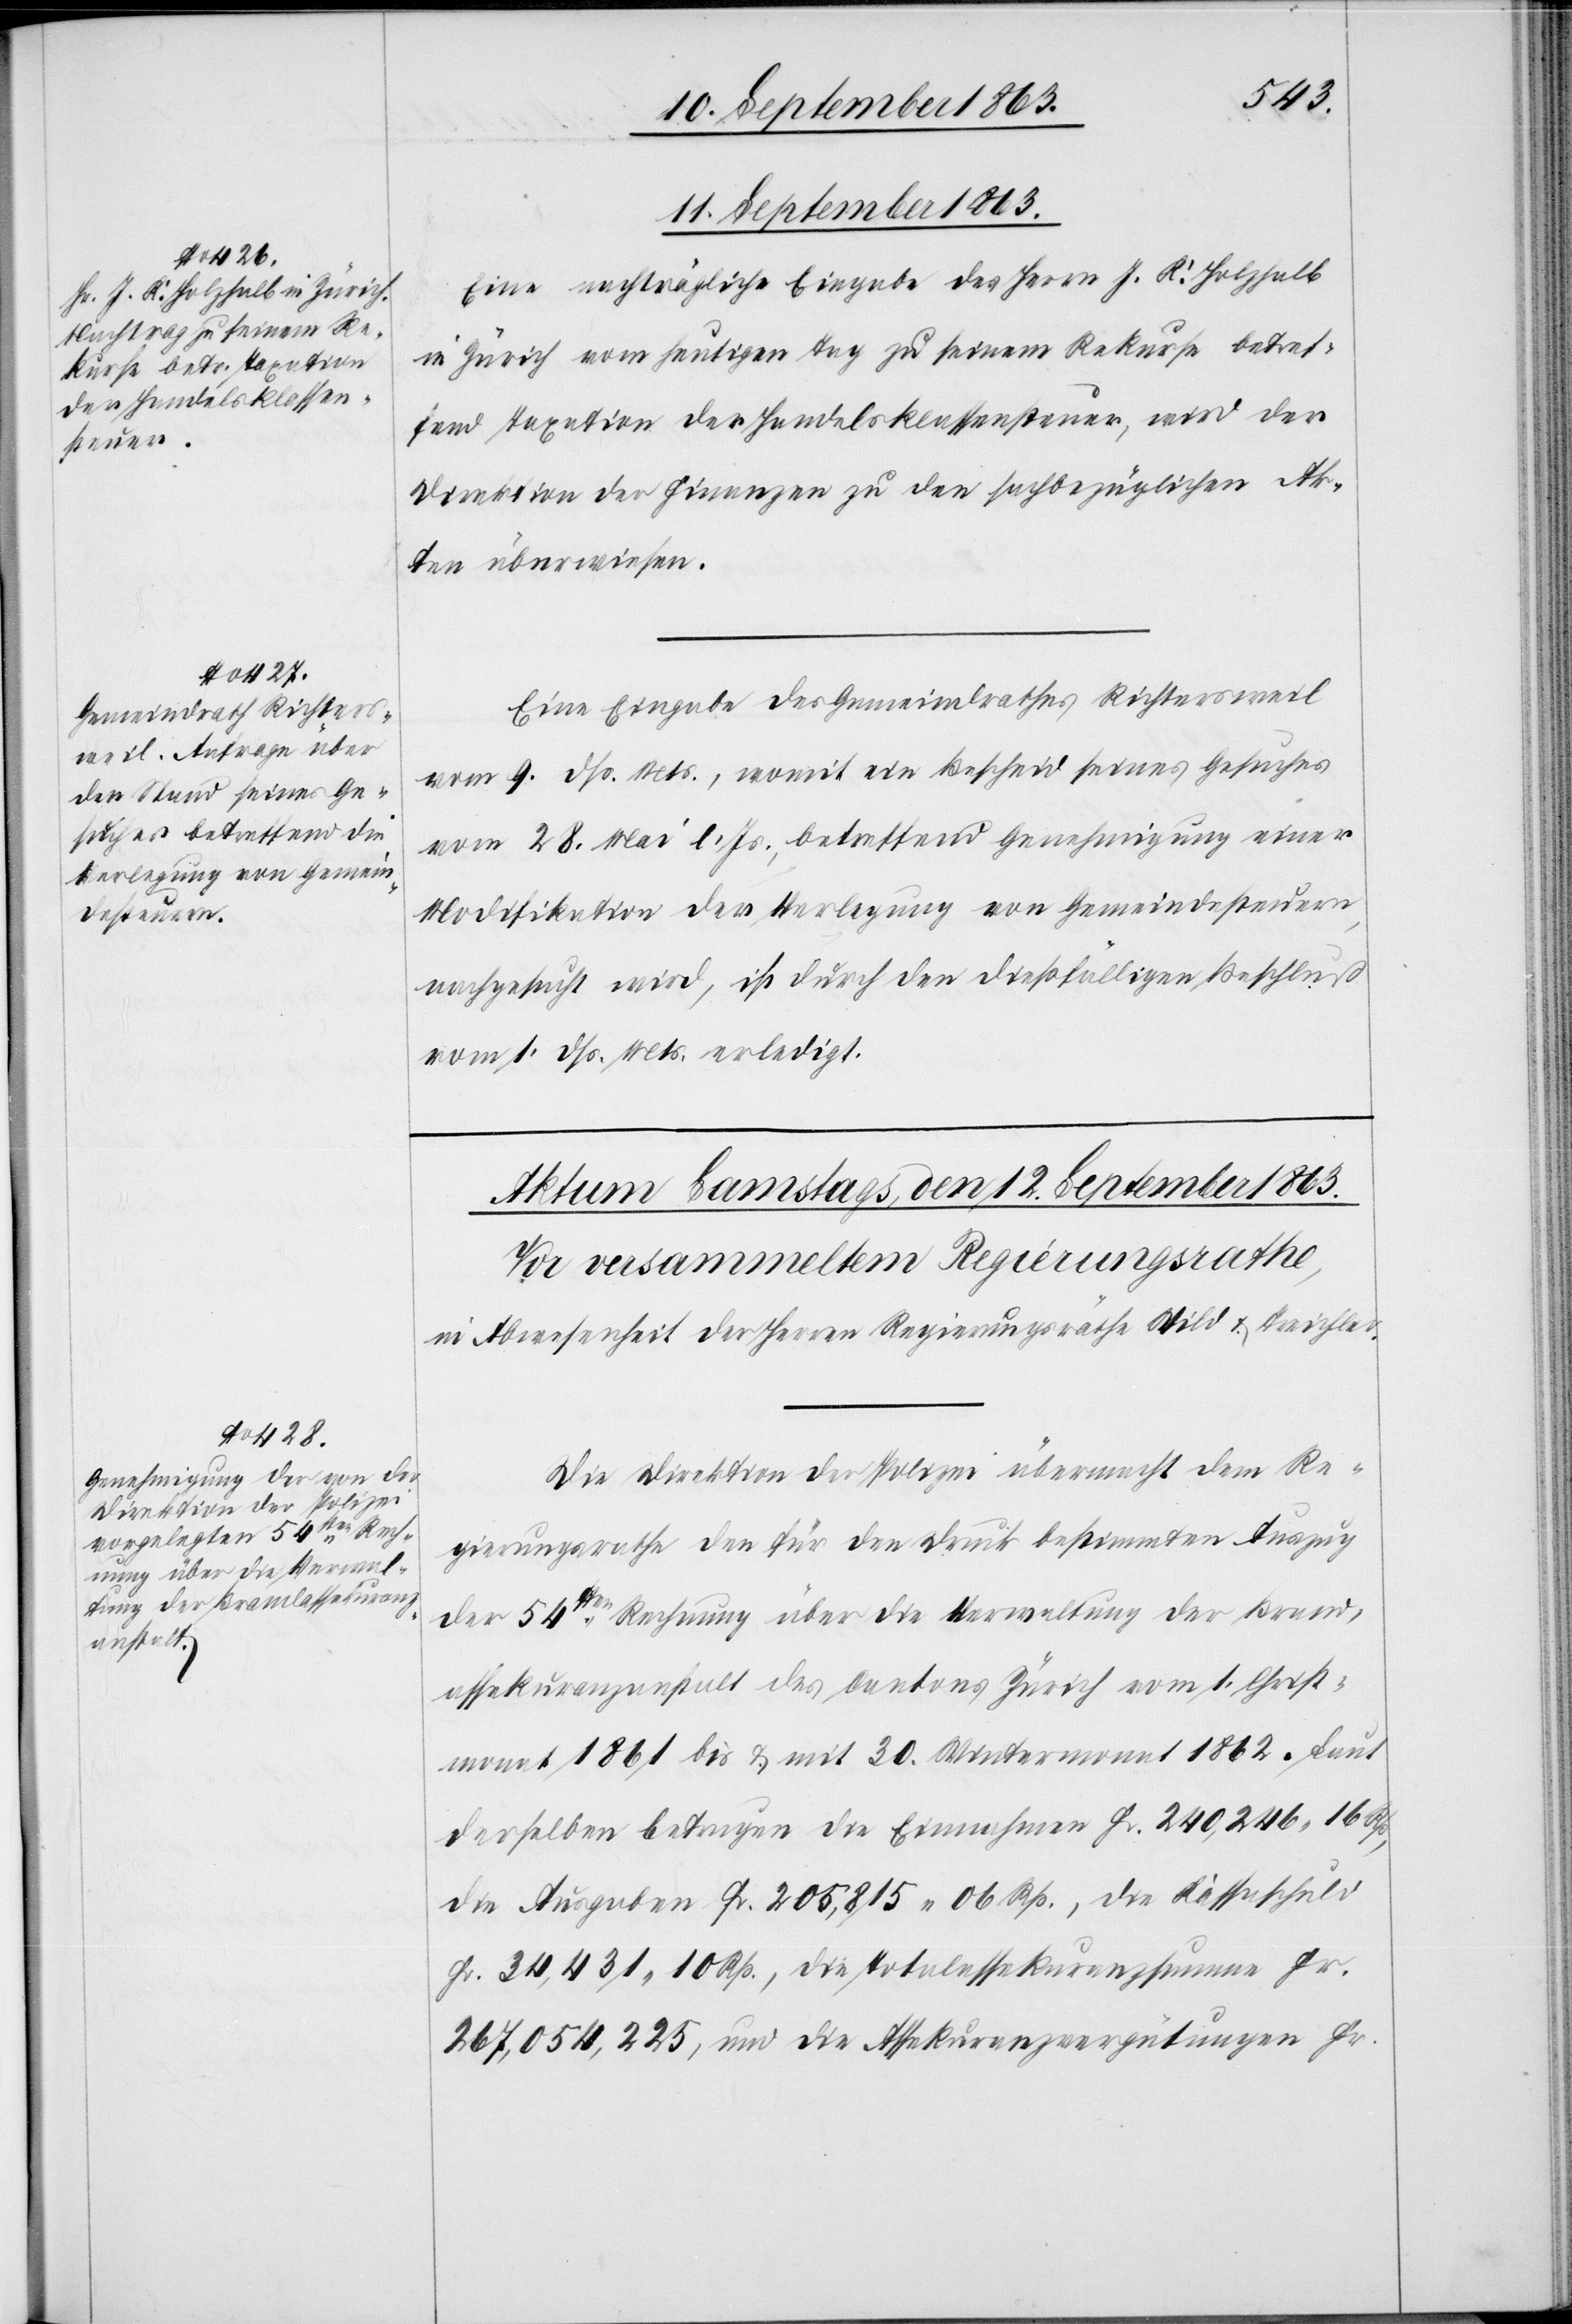
11. September 1863.]
Eine nachträgliche Eingabe des Herrn J. K. Holzhalb
in Zürich vom heutigen Tag zu seinem Rekurse betref¬
fend Taxation der Handelsklassensteuer, wird der
Direktion der Finanzen zu den sachbezüglichen Ak¬
ten überwiesen.
Eine Eingabe des Gemeindrathes Richtersweil
vom 9. dß. Mts., womit ein Bescheid seines Gesuches
vom 28. Mai l. Js., betreffend Genehmigung einer
Modifikation der Verlegung von Gemeindesteuern,
nachgesucht wird, ist durch den dießfälligen Beschluß
vom 1. dß. Mts. erledigt.
Die Direktion der Polizei übermacht dem Re¬
gierungsrathe den für den Druck bestimmten Auszug
der 54sten Rechnung über die Verwaltung der Brand¬
assekuranzanstalt des Cantons Zürich vom 1. Christ¬
monat 1861 bis & mit 30. Wintermonat 1862. Laut
derselben betrugen die Einnahmen Fr. 240,246. 16 Rp.,
die Ausgaben Fr. 205,815. 06 Rp., die Kassaschuld
Fr. 34,431. 10 Rp., die Totalassekuranzsumme Fr.
267,054,225, und die Assekuranzvergütungen Fr.